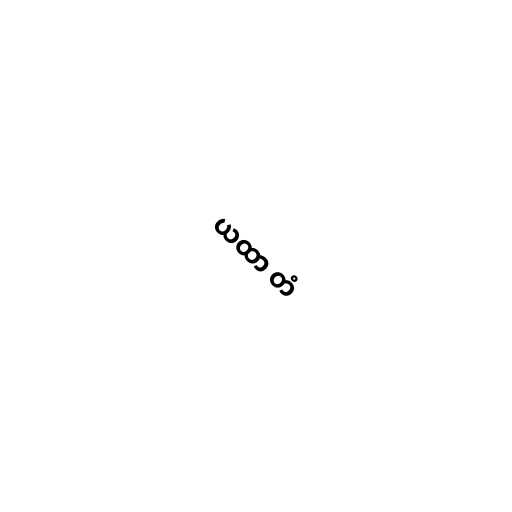
ယထာ တံ